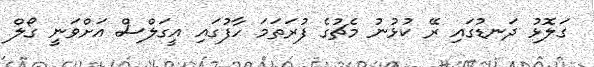
ގަލޮޅު ދަނޑުގައި ރޭ ކުޅުނު މެޗުގެ ފުރަތަމަ ހާފުގައި އީގަލްސް އަށްވަނީ ގޯލް